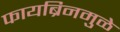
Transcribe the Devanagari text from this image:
फायब्रिनमुळे